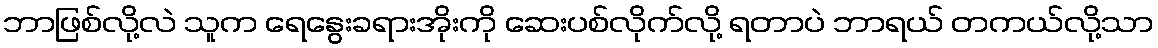
ဘာဖြစ်လို့လဲ သူက ရေနွေးခရားအိုးကို ဆေးပစ်လိုက်လို့ ရတာပဲ ဘာရယ် တကယ်လို့သာ